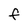
Character: F